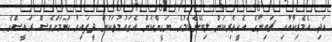
އަދި އެމެރިކާއާއި ޗައިނާގެ އެހީތެރިކަން ލިބޭނެކަމުގެ ޔަގީންކަން އެގައުމުތަކުން ދީފައިވާ ކަަމަށްވެސް ރައީސްގެ